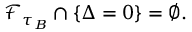
\mathcal { F } _ { \tau _ { B } } \cap \{ \Delta = 0 \} = \emptyset .